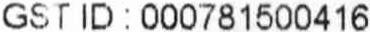
GST ID : 000781500416